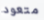
متعود